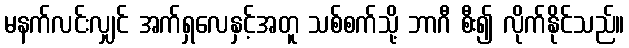
မနက်လင်းလျှင် အက်ရှလေနှင့်အတူ သစ်စက်သို့ ဘာဂီ စီး၍ လိုက်နိုင်သည်။